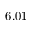
6 . 0 1